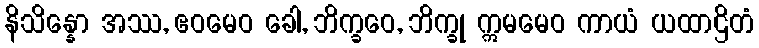
နိသိန္နော အဿ, ဧဝမေဝ ခေါ, ဘိက္ခဝေ, ဘိက္ခု ဣမမေဝ ကာယံ ယထာဌိတံ